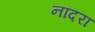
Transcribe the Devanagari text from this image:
नांदरा